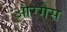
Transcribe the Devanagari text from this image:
औरगैस